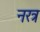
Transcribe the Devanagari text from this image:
नरत्र